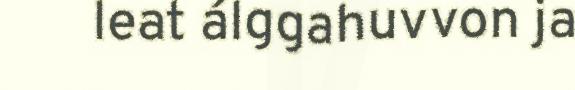
leat álggahuvvon ja